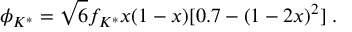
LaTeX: \phi _ { K ^ { * } } = \sqrt { 6 } f _ { K ^ { * } } x ( 1 - x ) [ 0 . 7 - ( 1 - 2 x ) ^ { 2 } ] \; .